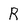
Character: R